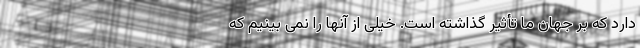
دارد که بر جهان ما تأثیر گذاشته است. خیلی از آنها را نمی بینیم که